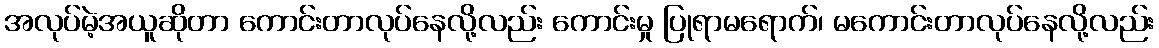
အလုပ်မဲ့အယူဆိုတာ ကောင်းတာလုပ်နေလို့လည်း ကောင်းမှု ပြုရာမရောက်၊ မကောင်းတာလုပ်နေလို့လည်း